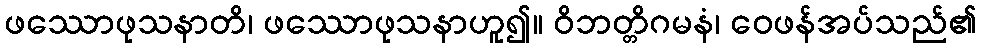
ဖဿောဖုသနာတိ၊ ဖဿောဖုသနာဟူ၍။ ဝိဘတ္တိဂမနံ၊ ဝေဖန်အပ်သည်၏